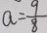
a = \frac { 9 } { 8 }